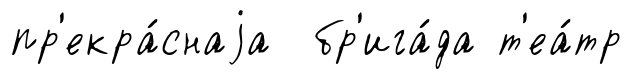
пр'екра́снаjа бр'ига́да т'еа́тр